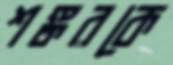
শঙ্করকে